Report on sanitation, dispensaries, and jails in Rajputana for 1915, and on vaccination for the year 1915-1916 - 1915-1916
Year: 1915
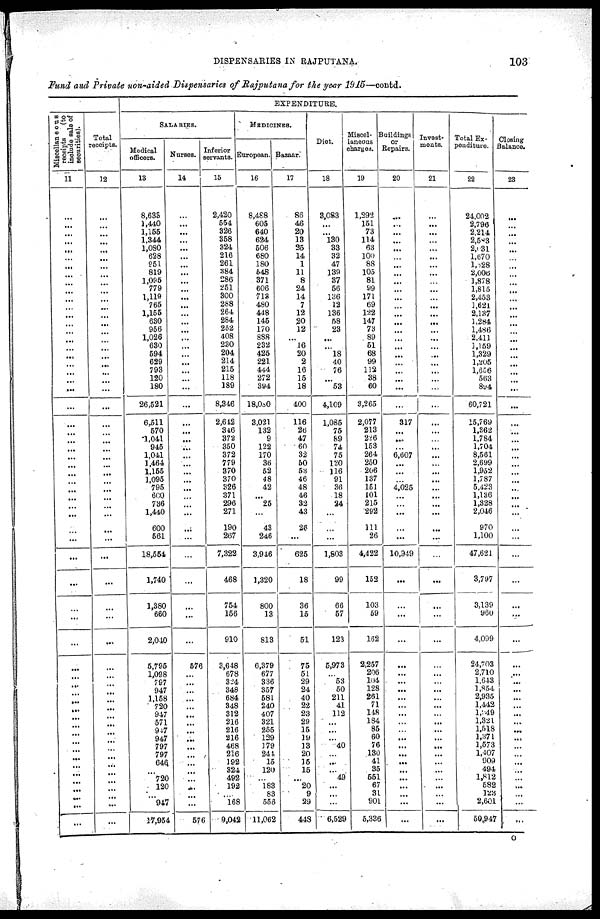
DISPENSARIES IN RAJPUTANA
103
Fund and Private non-aided Dispensaries of Rajputana for the year 1915—contd.
Miscellaneous
receipts
(to
include sale of
securities).
11
...
...
...
...
...
...
...
...
...
...
...
...
...
...
...
...
...
...
...
...
...
...
...
...
...
...
...
...
...
...
...
...
...
...
...
...
...
...
...
...
...
...
...
...
...
...
...
...
...
...
...
...
...
...
...
...
...
...
...
...
...
Total
receipts.
12
...
...
...
...
...
...
...
...
...
...
...
...
...
...
...
...
...
...
...
...
...
...
...
...
...
...
...
...
...
...
...
...
...
...
...
...
...
...
...
...
...
...
...
...
...
...
...
...
...
...
...
...
...
...
...
...
...
...
...
...
...
EXPENDITURE.
SALARIES.
Medical
officers.
13
8,633
1,440
1,155
1,344
1,080
628
951
819
1,095
779
1,119
765
1,155
630
956
1,026
630
594
629
793
120
180
26,521
6,511
570
1,041
945
1,041
1,464
1,155
1,095
795
600
736
1,440
600
561
18,554
1,740
1,380
660
2,040
5,795
1,098
797
947
1,158
720
947
571
947
947
797
797
646
...
720
120
...
947
17,954
Nurses.
14
...
...
...
...
...
...
...
...
...
...
...
...
...
...
...
...
...
...
...
...
...
...
...
...
...
...
...
...
...
...
...
...
...
...
...
...
...
...
...
...
...
...
576
...
...
...
...
...
...
...
...
...
...
...
...
...
...
...
...
...
576
Inferior
servants.
15
2,420
554
326
358
324
216
261
384
286
251
300
288
264
284
252
408
230
204
214
215
118
189
8,346
2,642
346
372
350
372
779
370
370
326
371
296
271
190
267
7,322
468
754
156
910
3,648
678
324
348
684
348
312
216
216
216
468
216
192
324
492
192
...
168
9,042
MEDICINES.
European.
16
8,488
605
640
624
506
680
180
548
371
606
713
480
448
145
170
888
232
425
221
444
272
394
18,080
3,021
132
9
122
170
36
52
48
42
...
25
...
43
246
3,946
1,320
800
13
813
6,379
677
336
357
581
240
407
321
255
129
179
244
15
120
...
183
83
556
11,062
Bazaar.
17
86
46
20
13
25
14
1
11
8
24
14
7
12
20
12
...
16
20
2
16
15
18
400
116
26
47
60
32
50
53
46
48
46
32
43
26
...
625
18
36
15
51
75
51
29
24
40
22
23
29
15
19
13
20
15
15
...
20
9
29
448
Diet.
18
3,083
...
...
130
33
32
47
139
37
56
136
12
136
58
23
...
...
18
40
76
...
53
4,109
1,085
75
89
74
75
120
116
91
36
18
24
...
...
...
1,803
99
66
57
123
5,973
...
53
50
211
41
112
...
...
...
40
...
...
...
49
...
...
...
6,529
Miscel-
laneous
charges.
19
1,292
151
73
114
63
100
88
105
81
99
171
69
122
147
73
89
51
68
99
112
38
60
3,265
2,077
213
226
153
264
250
206
137
151
101
215
292
111
26
4,422
152
103
59
162
2,257
206
104
128
261
71
148
184
85
60
76
130
41
35
551
67
31
901
5,336
Buildings
or
Repairs.
20
...
...
...
...
...
...
...
...
...
...
...
...
...
...
...
...
...
...
...
...
...
...
...
317
...
...
...
6,607
...
...
...
4,025
...
...
...
...
...
10,949
...
...
...
...
...
...
...
...
...
...
...
...
...
...
...
...
...
...
...
...
...
...
...
Invest-
ments.
21
...
...
...
...
...
...
...
...
...
...
...
...
...
...
...
...
...
...
...
...
...
...
...
...
...
...
...
...
...
...
...
...
...
...
...
...
...
...
...
...
...
...
...
...
...
...
...
...
...
...
...
...
...
...
...
...
...
...
...
...
...
Total Ex-
penditure.
22
24,002
2,796
2,214
2,583
2,031
1,670
1,628
2,006
1,878
1,815
2,453
1,621
2,137
1,284
1,486
2,411
1,159
1,329
1,205
1,656
563
894
60,721
15,769
1,362
1,784
1,704
8,561
2,699
1,952
1,787
5,423
1,136
1,328
2,046
970
1,100
47,621
3,797
3,139
960
4,099
24,703
2,710
1,643
1,854
2,935
1,442
1,349
1,321
1,518
1,371
1,573
1,407
909
494
1,812
582
123
2,601
50,947
Closing
Balance.
23
...
...
...
...
...
...
...
...
...
...
...
...
...
...
...
...
...
...
...
...
...
...
...
...
...
...
...
...
...
...
...
...
...
...
...
...
...
...
...
...
...
...
...
...
...
...
...
...
...
...
...
...
...
...
...
...
...
...
...
...
...
O